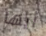
أيها